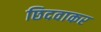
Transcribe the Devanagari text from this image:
छिदवाकर